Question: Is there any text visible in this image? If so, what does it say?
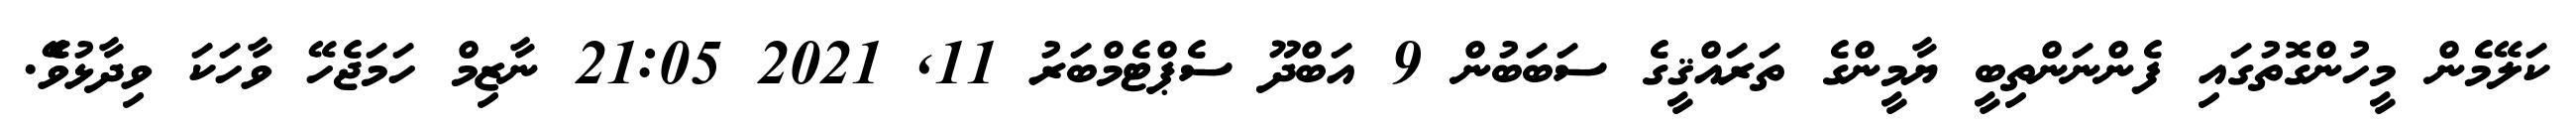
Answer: ކަލޭމެން މީހުންގޮތުގައި ފެންނަންތިބީ ޔާމީންގެ ތަރައްޤީގެ ސަބަބުން 9 އަބްދޫ ސެޕްޓެމްބަރު 11, 2021 21:05 ނާޒިމް ހަމަޖެހޭ ވާހަކަ ވިދާޅުވެޭ.